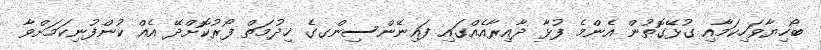
ބޯހިޔާވަހިކަމާއި ގުޅޭގޮތުން އެންމެ ފުޅާ ދާއިރާއެއްގައި ފައިނޭންސިންގގެ ޚިދުމަތް ފޯރުކޮށްދޭ އެއް ކުންފުނިކަމަށްވާ